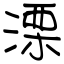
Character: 溧